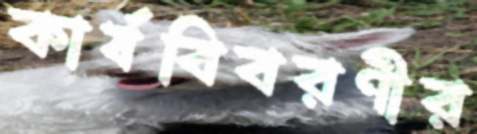
কার্যবিবরণীর